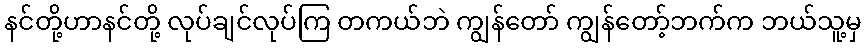
နင်တို့ဟာနင်တို့ လုပ်ချင်လုပ်ကြ တကယ်ဘဲ ကျွန်တော် ကျွန်တော့်ဘက်က ဘယ်သူ့မှ